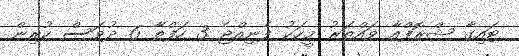
ޓައިގާ ޝްރޮފްއާ ވައްތަރު މީހަކު ފެނިއްޖެ 3 ހަފްތާ 6 ދުވަސް ކުރިން